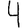
Digit: 4